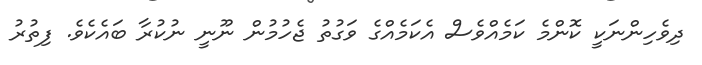
ދިވެހިންނަކީ ކޮންމެ ކަމެއްވެސް އެކަމެއްގެ ވަގުތު ޖެހުމުން ނޫނީ ނުކުރާ ބައެކެވެ. ފިތުރު